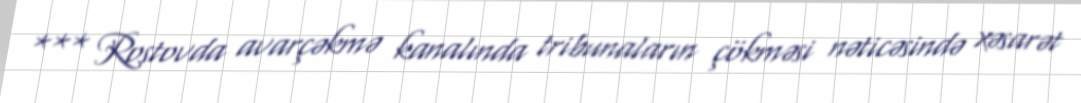
*** Rostovda avarçəkmə kanalında tribunaların çökməsi nəticəsində xəsarət